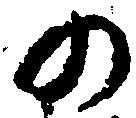
の